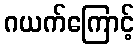
ဂယက်ကြောင့်